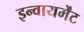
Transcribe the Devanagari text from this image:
इन्वायर्मेंट